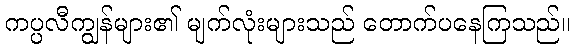
ကပ္ပလီကျွန်များ၏ မျက်လုံးများသည် တောက်ပနေကြသည်။